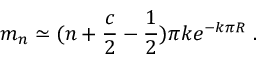
m _ { n } \simeq ( n + \frac { c } { 2 } - \frac { 1 } { 2 } ) \pi k e ^ { - k \pi R } ~ .